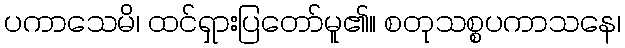
ပကာသေမိ၊ ထင်ရှားပြတော်မူ၏။ စတုသစ္စပကာသနေ၊